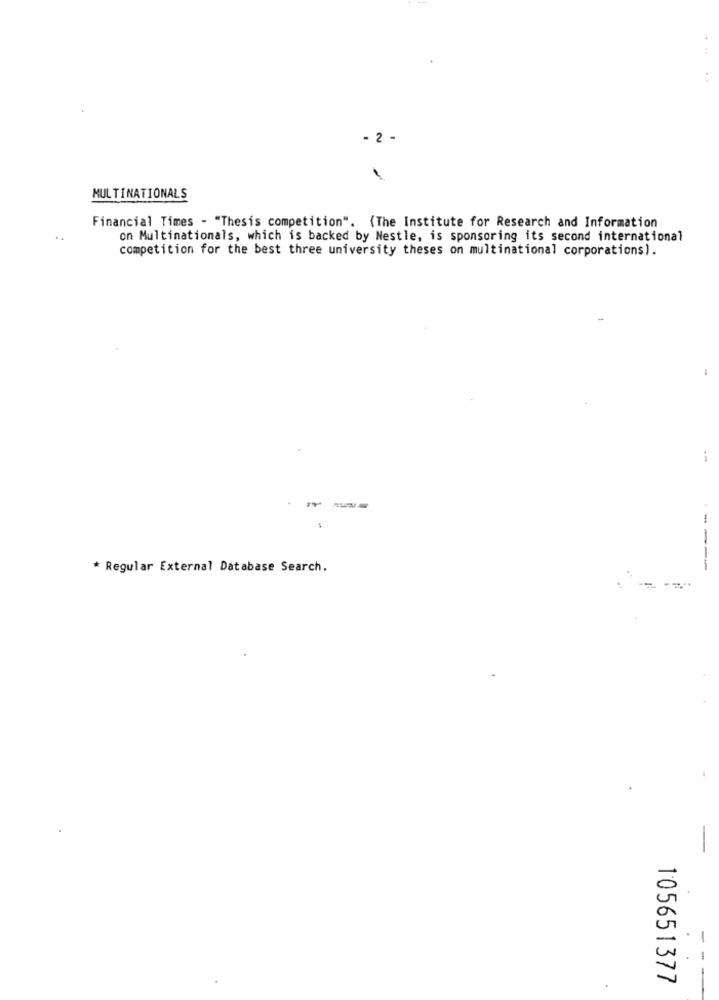
- 2 -
MULTINATIONALS
Financial Times - "Thesis competition". {The Institute for Research and Information
on Multinationals, which is backed by Nestle, is sponsoring its second international
competition for the best three university theses on multinational corporations).
-
* Regular External Database Search.
-
105651377